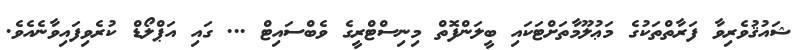
ޝައުޤުވެރިވާ ފަރާތްތަކުގެ މަޢުލޫމާތަށްޓަކައި ބީލަންފޮތް މިނިސްޓްރީގެ ވެބްސައިޓް ... ގައި އަޕްލޯޑް ކުރެވިފައިވާނެއެވެ.